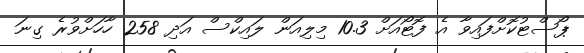
ޕޯސްޓުކޮށްފައިވާ އެ ފޮޓޯއަށް 10.3 މިލިއަން ލައިކްސް އަދި 258 ހާހަށްވުރެ ގިނަ